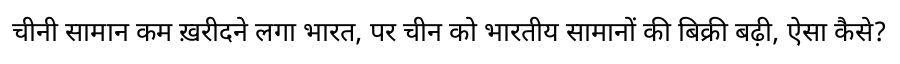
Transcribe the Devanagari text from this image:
चीनी सामान कम ख़रीदने लगा भारत, पर चीन को भारतीय सामानों की बिक्री बढ़ी, ऐसा कैसे?